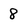
Character: 8